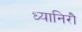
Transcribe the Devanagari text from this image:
ध्यानिरौ